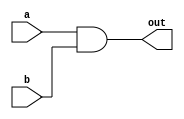
module top_module( 
    input a, 
    input b, 
    output out );

    // AND gate implementation
    assign out = a & b;

endmodule